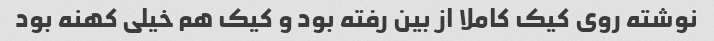
نوشته روی کیک کاملا از بین رفته بود و کیک هم خیلی کهنه بود